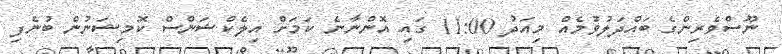
ނޫސްވެރިންގެ ބައްދަލުވުމެއް މިއަދު 11:00 ގައި އޮންނާނެ ކަމަށް އިލެކްޝަންސް ކޮމިޝަނުން ބުނެފި